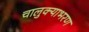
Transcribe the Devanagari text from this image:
चालुक्याभरण